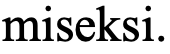
miseksi.